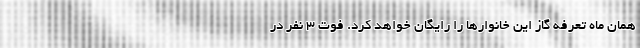
همان ماه تعرفه گاز این خانوار‌ها را رایگان خواهد کرد. فوت 3 نفر در